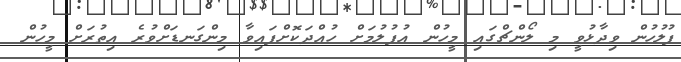
ފުލުހުން ވިދާޅުވީ މި ލޯންޗްގައި މީހުން އުފުލުމަށް ހުއްދަކޮށްފައިވާ މިންގަނޑަށްވުރެ އިތުރަށް މީހުން